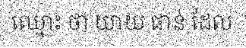
ឈ្មោះ ថា យាយ ផាន់ ដែល